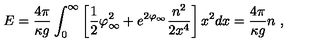
E = \frac { 4 \pi } { \kappa g } \int _ { 0 } ^ { \infty } \left[ \frac { 1 } { 2 } \varphi _ { \infty } ^ { 2 } + e ^ { 2 \varphi _ { \infty } } \frac { n ^ { 2 } } { 2 x ^ { 4 } } \right] x ^ { 2 } d x = \frac { 4 \pi } { \kappa g } n \ ,